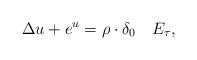
LaTeX: \begin{align*}\Delta u+e^{u}=\rho \cdot \delta_{0}\ \ \ E_{\tau},\end{align*}